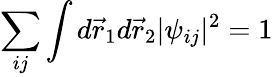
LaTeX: \sum_{ij}\int d{\vec{r}}_{1}d{\vec{r}}_{2}|\psi_{ij}|^{2}=1